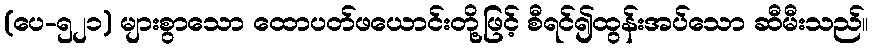
(ပေ-၅၂၁) များစွာသော ထောပတ်ဖယောင်းတို့ဖြင့် စီရင်၍ထွန်းအပ်သော ဆီမီးသည်။